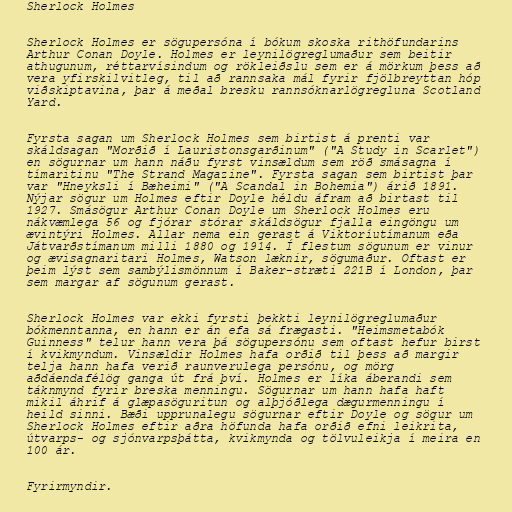
Sherlock Holmes

Sherlock Holmes er sögupersóna í bókum skoska rithöfundarins
Arthur Conan Doyle. Holmes er leynilögreglumaður sem beitir
athugunum, réttarvísindum og rökleiðslu sem er á mörkum þess að
vera yfirskilvitleg, til að rannsaka mál fyrir fjölbreyttan hóp
viðskiptavina, þar á meðal bresku rannsóknarlögregluna Scotland
Yard.

Fyrsta sagan um Sherlock Holmes sem birtist á prenti var
skáldsagan "Morðið í Lauristonsgarðinum" ("A Study in Scarlet")
en sögurnar um hann náðu fyrst vinsældum sem röð smásagna í
tímaritinu "The Strand Magazine". Fyrsta sagan sem birtist þar
var "Hneyksli í Bæheimi" ("A Scandal in Bohemia") árið 1891.
Nýjar sögur um Holmes eftir Doyle héldu áfram að birtast til
1927. Smásögur Arthur Conan Doyle um Sherlock Holmes eru
nákvæmlega 56 og fjórar stórar skáldsögur fjalla eingöngu um
ævintýri Holmes. Allar nema ein gerast á Viktoríutímanum eða
Játvarðstímanum milli 1880 og 1914. Í flestum sögunum er vinur
og ævisagnaritari Holmes, Watson læknir, sögumaður. Oftast er
þeim lýst sem sambýlismönnum í Baker-stræti 221B í London, þar
sem margar af sögunum gerast.

Sherlock Holmes var ekki fyrsti þekkti leynilögreglumaður
bókmenntanna, en hann er án efa sá frægasti. "Heimsmetabók
Guinness" telur hann vera þá sögupersónu sem oftast hefur birst
í kvikmyndum. Vinsældir Holmes hafa orðið til þess að margir
telja hann hafa verið raunverulega persónu, og mörg
aðdáendafélög ganga út frá því. Holmes er líka áberandi sem
táknmynd fyrir breska menningu. Sögurnar um hann hafa haft
mikil áhrif á glæpasöguritun og alþjóðlega dægurmenningu í
heild sinni. Bæði upprunalegu sögurnar eftir Doyle og sögur um
Sherlock Holmes eftir aðra höfunda hafa orðið efni leikrita,
útvarps- og sjónvarpsþátta, kvikmynda og tölvuleikja í meira en
100 ár.

Fyrirmyndir.